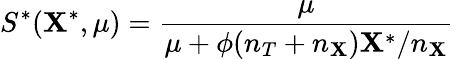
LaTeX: S^{\ast}(\mathbf{X}^{\ast},\mu)=\frac{{\mu}}{{\mu+\phi(n_{T}+n_{\mathbf{X}})\mathbf{X}^{\ast}/n_{\mathbf{X}}}}